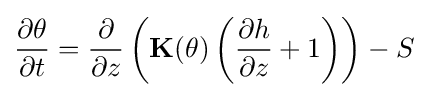
{\frac {\partial \theta }{\partial t}}={\frac {\partial }{\partial z}}\left(\mathbf {K} (\theta )\left({\frac {\partial h}{\partial z}}+1\right)\right)-S